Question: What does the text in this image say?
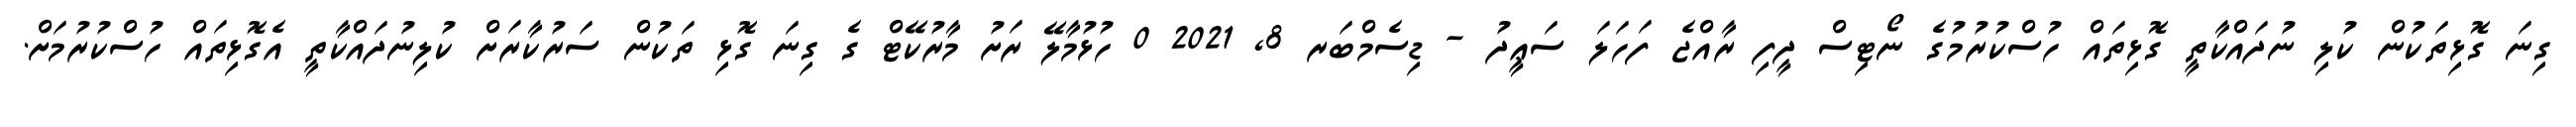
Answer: ގިނަ ގޮޅިތަކުން ކުލި ނުދައްކާތީ ގޮޅިތައް ހުސްކުރުމުގެ ނޯޓިސް ދީފި ރާއްޖެ ފަހަލަ ސަޢީދު - ޑިސެމްބަރ 8, 2021 0 ހުޅުމާލޭ ރަށު މާރުކޭޓް ގެ ގިނަ ގޮޅި ތަކުން ސަރުކާރަށް ކުލިނުދައްކާތީ އެގޮޅިތައް ހުސްކުރުމަށް.